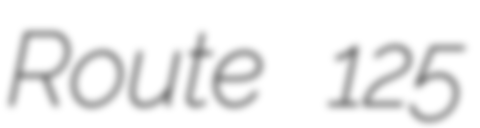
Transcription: Route 125